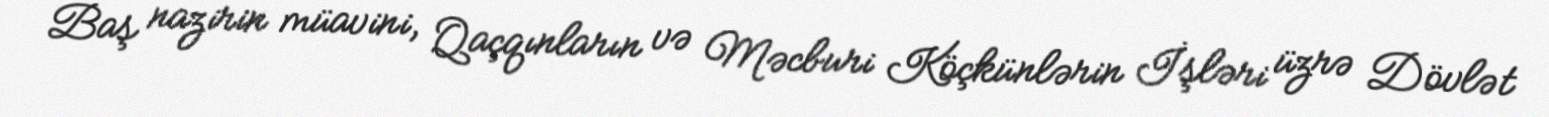
Baş nazirin müavini, Qaçqınların və Məcburi Köçkünlərin İşləri üzrə Dövlət